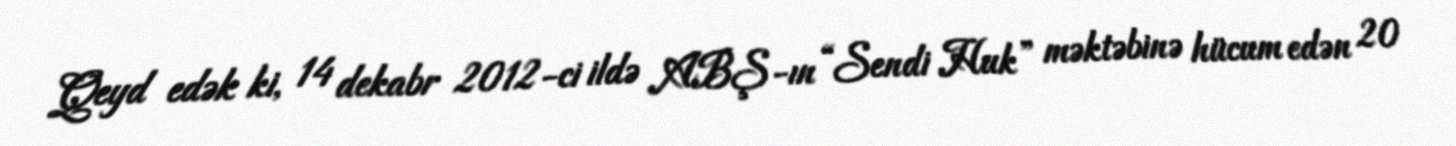
Qeyd edək ki, 14 dekabr 2012-ci ildə ABŞ-ın “Sendi Huk” məktəbinə hücum edən 20